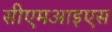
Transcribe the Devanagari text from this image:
सीएमआइएस